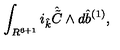
\int _ { R ^ { 6 + 1 } } i _ { \hat { k } } { \hat { \tilde { C } } } \wedge d { \hat { b } } ^ { ( 1 ) } ,